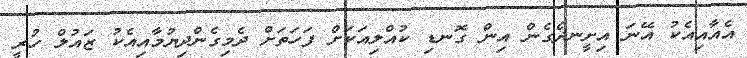
އެއާއިއެކު އޭނަ އިށީނދެގެން އިން ގޮނޑި ކުއްލިއަކަށް ފަހަތަށް ދެމިގެންދިޔުމާއިއެކު ޒައުލް ހުރީ